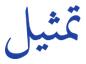
تمثيل